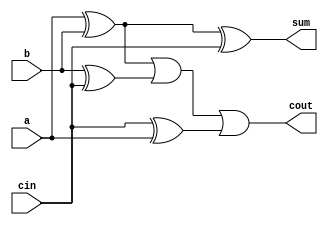
module full_adder(input a,b,cin,output sum,cout);
  assign{sum,cout}={a^b^cin,((a^b)|(b^cin)|(cin^a))};
endmodule

module adder_subtractor(input[3:0]a,b,input ctrl,output[3:0]S, cout);
  wire[3:0]Bc;
  assign Bc=b^{ctrl,ctrl,ctrl,ctrl};
  
  full_adder fa0(a[0],Bc[0],ctrl,S[0],cout[0]);
  full_adder fa1(a[1],Bc[1],cout[0],S[1],cout[1]);
  full_adder fa2(a[2],Bc[2],cout[1],S[2],cout[2]);
  full_adder fa3(a[3],Bc[3],cout[2],S[3],cout[3]);
endmodule